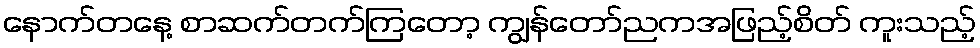
နောက်တနေ့ စာဆက်တက်ကြတော့ ကျွန်တော်ညကအဖြည့်စိတ် ကူးသည့်